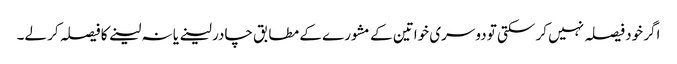
اگر خود فیصلہ نہیں کر سکتی تو دوسری خواتین کے مشورے کے مطابق چادر لینے یا نہ لینے کا فیصلہ کر لے۔